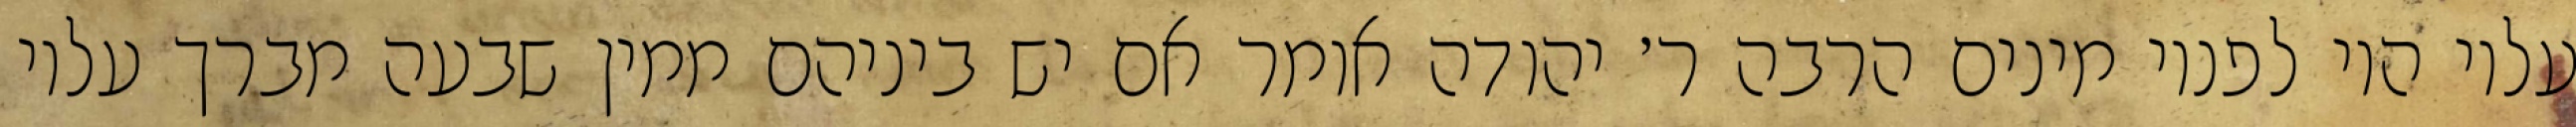
עליו היו לפניו מינים הרבה ר׳ יהודה אומר אם יש ביניהם ממין שבעה מברך עליו